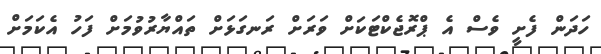
ހަދަން ފެށީ ވެސް އެ ޕްރޮޖެކްޓަކަށް ވަރަށް ރަނގަޅަށް ތައްޔާރުވުމަށް ފަހު އެކަމަށް